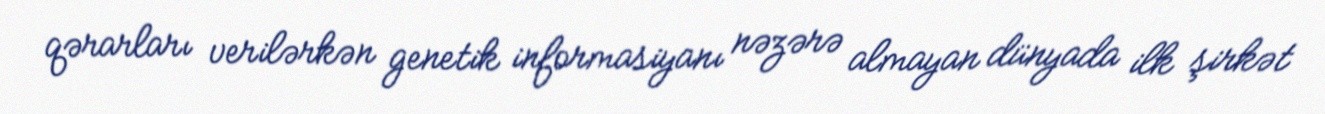
qərarları verilərkən genetik informasiyanı nəzərə almayan dünyada ilk şirkət